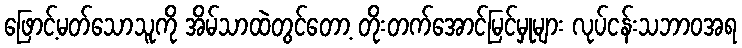
ဖြောင့်မတ်သောသူကို အိမ်သာထဲတွင်တော့ တိုးတက်အောင်မြင်မှုများ လုပ်ငန်းသဘာဝအရ